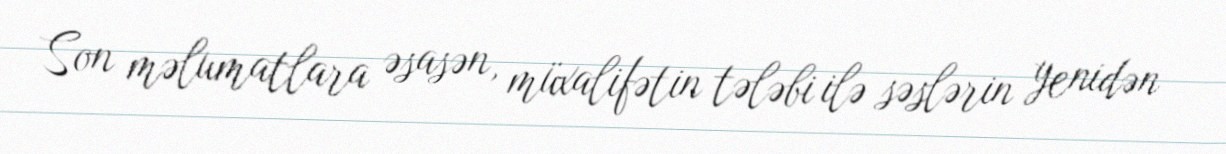
Son məlumatlara əsasən, müxalifətin tələbi ilə səslərin yenidən